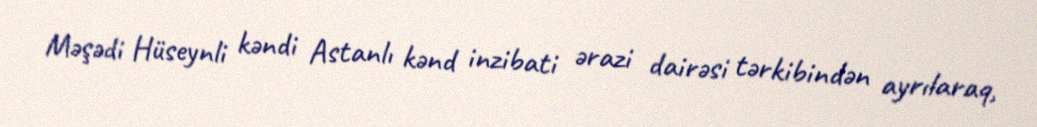
Məşədi Hüseynli kəndi Astanlı kənd inzibati ərazi dairəsi tərkibindən ayrılaraq,